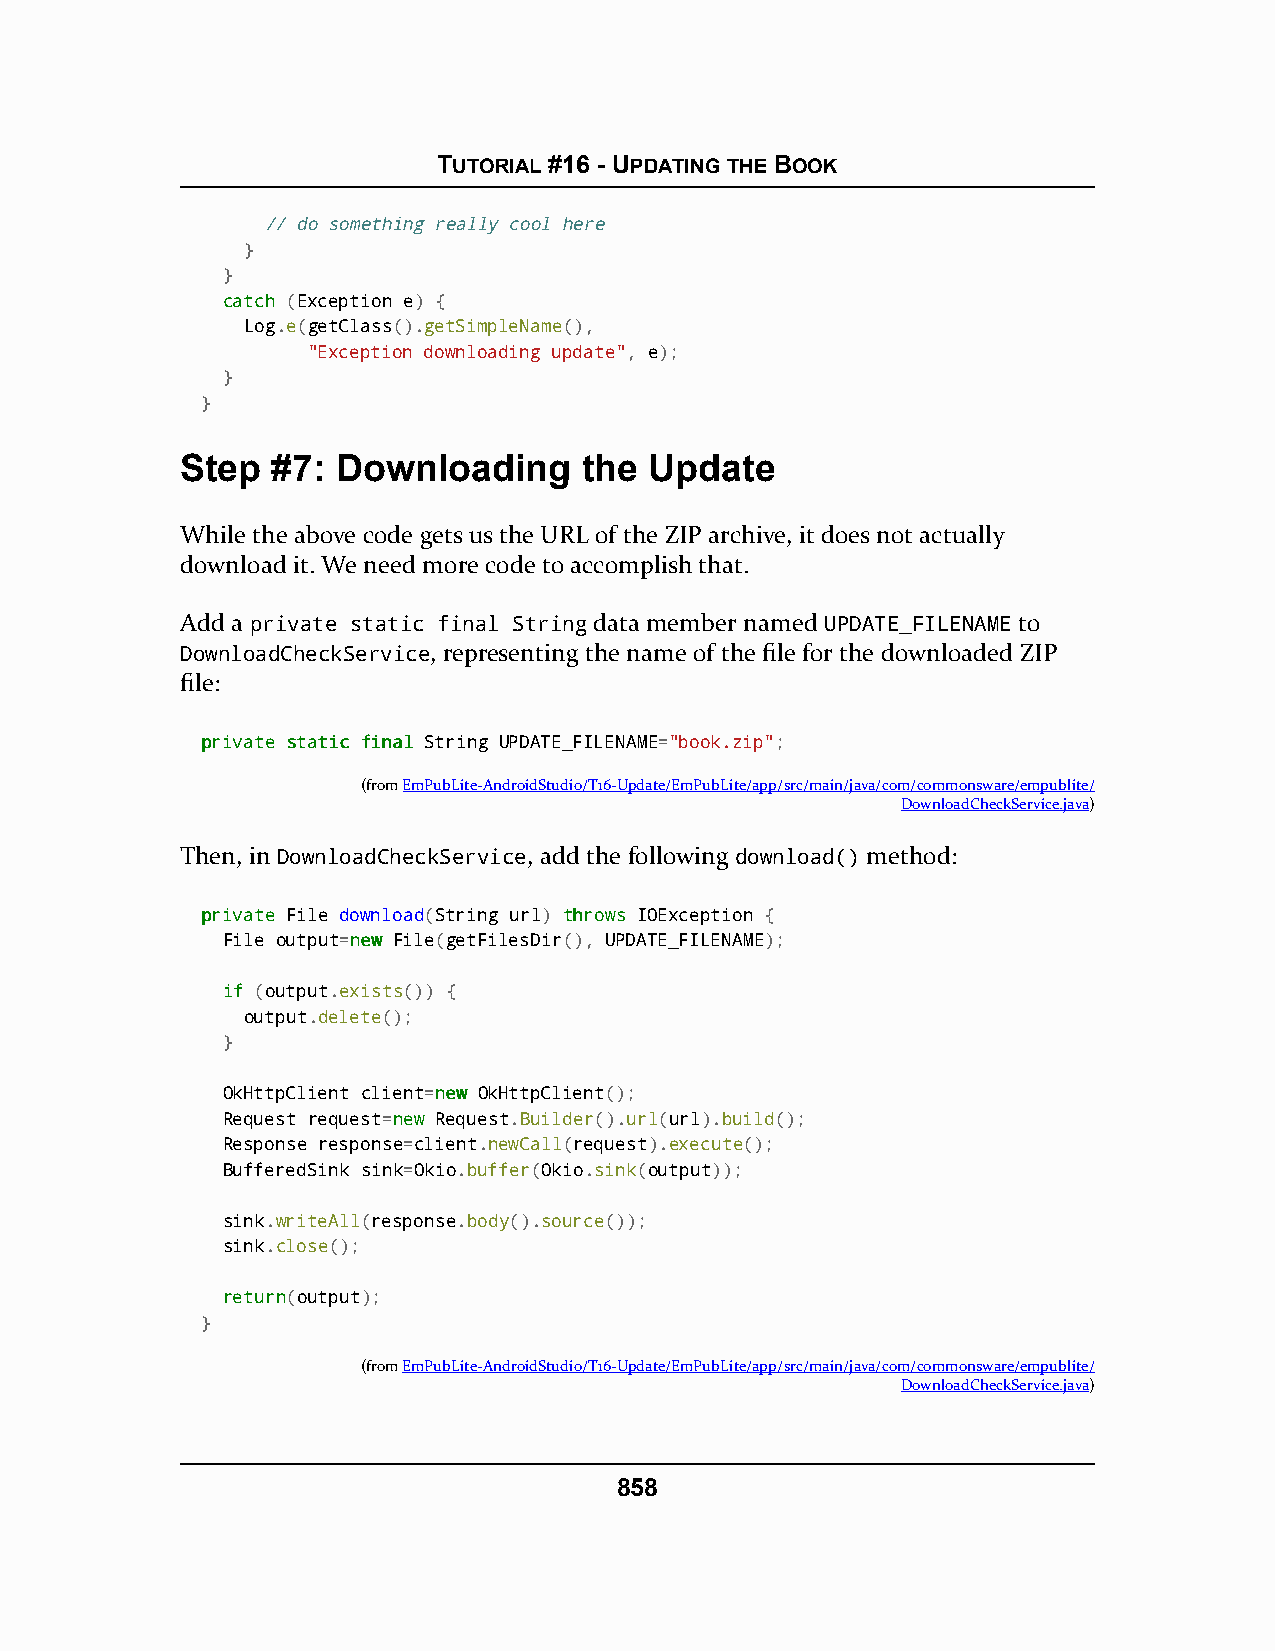
TUTORIAL #16 - UPDATING THE BOOK
 // do something really cool here
 }
 }
 ccaattcchh (Exception e) {
 Log.e(getClass().getSimpleName(),
 "Exception downloading update", e);
 }
 }
 Step  #7: Downloading      the Update
 While the above code gets us the URL of the ZIP archive, it does not actually
 download it. We need more code to accomplish that.
 Add a private static final String data member named UPDATE_FILENAME to
 DownloadCheckService, representing the name of the file for the downloaded ZIP
 file:
 pprriivvaattee ssttaattiicc ffiinnaall String UPDATE_FILENAME="book.zip";
 (fromEmPubLite-AndroidStudio/T16-Update/EmPubLite/app/src/main/java/com/commonsware/empublite/
 DownloadCheckService.java)
 Then, in DownloadCheckService, add the following download() method:
 pprriivvaattee File download(String url) tthhrroowwss IOException {
 File output=nneeww File(getFilesDir(), UPDATE_FILENAME);
 iiff (output.exists()) {
 output.delete();
 }
 OkHttpClient client=nneeww OkHttpClient();
 Request request=nneeww Request.Builder().url(url).build();
 Response response=client.newCall(request).execute();
 BufferedSink sink=Okio.buffer(Okio.sink(output));
 sink.writeAll(response.body().source());
 sink.close();
 rreettuurrnn(output);
 }
 (fromEmPubLite-AndroidStudio/T16-Update/EmPubLite/app/src/main/java/com/commonsware/empublite/
 DownloadCheckService.java)
 858